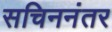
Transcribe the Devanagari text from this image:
सचिननंतर